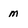
Character: m